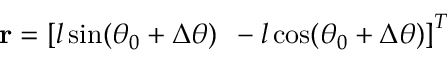
\mathbf { r } = \left[ l \sin ( \theta _ { 0 } + \Delta \theta ) \, \, \, - l \cos ( \theta _ { 0 } + \Delta \theta ) \right] ^ { T }